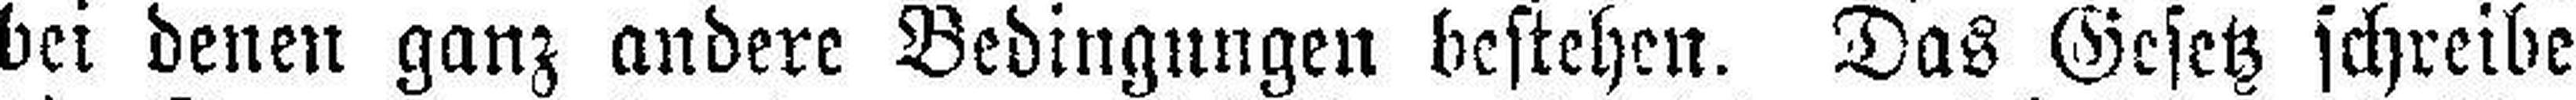
bei denen ganz andere Bedingungen bestehen. Das Gesetz schreibe